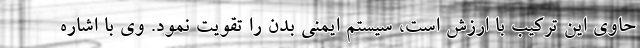
حاوی این ترکیب با ارزش است، سیستم ایمنی بدن را تقویت نمود. وی با اشاره